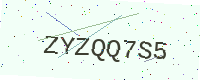
Text: ZYZQQ7S5